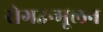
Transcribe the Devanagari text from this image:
रोगउन्मूलन